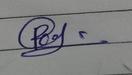
Signature authenticity: forged